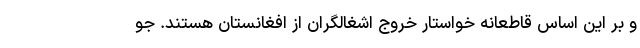
و بر این اساس قاطعانه خواستار خروج اشغالگران از افغانستان هستند. جو